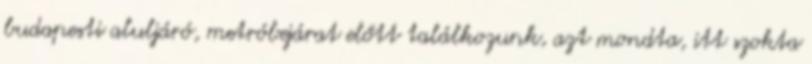
budapesti aluljáró, metróbejárat előtt találkozunk, azt mondta, itt szokta